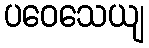
ပဝေသေယျ